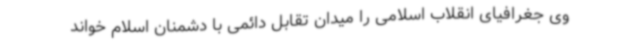
وی جغرافیای انقلاب اسلامی را میدان تقابل دائمی با دشمنان اسلام خواند